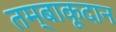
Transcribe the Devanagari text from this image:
तम्बाकूदान